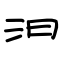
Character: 汩